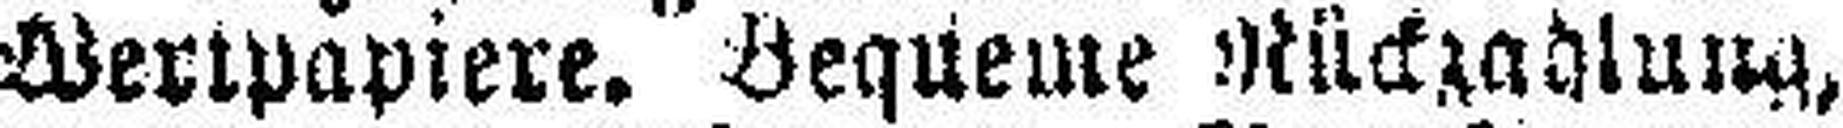
Wertpapiere. Bequeme Rückzahlung,